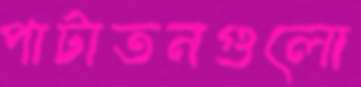
পাটাতনগুলো